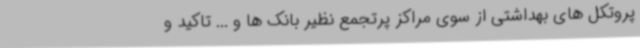
پروتکل های بهداشتی از سوی مراکز پرتجمع نظیر بانک ها و ... تاکید و